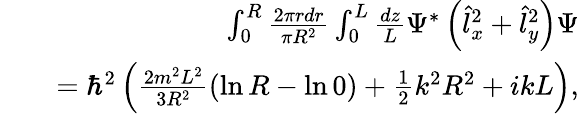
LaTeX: \begin{array}{rlr}&{}&{\int_{0}^{R}\frac{2\pi rdr}{\pi R^{2}}\int_{0}^{L}\frac{dz}{L}\Psi^{*}\left(\hat{l}_{x}^{2}+\hat{l}_{y}^{2}\right)\Psi}\\ &{}&{=\hbar^{2}\left(\frac{2m^{2}L^{2}}{3R^{2}}(\ln R-\ln 0)+\frac{1}{2}k^{2}R^{2}+ikL\right),}\end{array}